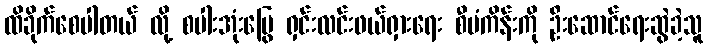
ထိခိုက်စေပါတယ် လို့ စပါးအုံးမြွေ ရှင်းလင်းဖယ်ရှားရေး စီမံကိန်းကို ဦးဆောင်ရေးဆွဲခဲ့သူ